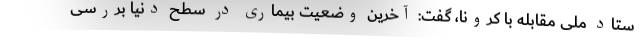
ستاد ملی مقابله با کرونا، گفت: آخرین وضعیت بیماری در سطح دنیا بررسی